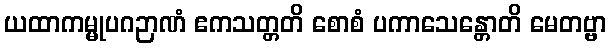
ယထာကမ္မုပဂဉာဏံ ဧကသတ္တတိ စောစံ ပကာသေန္တောတိ မေတဗ္ဗာ